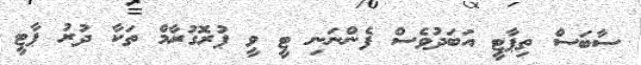
ސާބަސް ތިޕާޓީ އަބަދުވެސް ފެންނަނި ޓީ ވީ ޕުރޮގުރާމް ތަކާ ދުރު ޕާޓީ